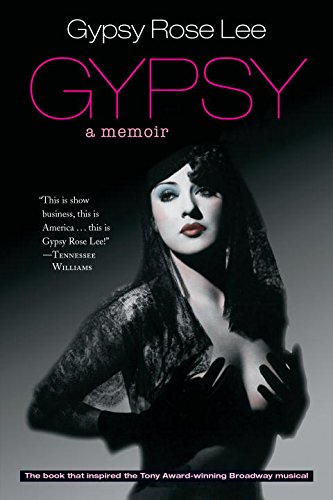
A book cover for Gypsy: A Memoir; Gypsy Rose Lee; Biographies & Memoirs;